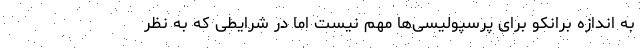
به اندازه برانکو برای پرسپولیسی‌ها مهم نیست اما در شرایطی که به نظر